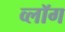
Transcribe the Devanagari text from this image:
व्लॉग